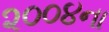
૨૦૦૪ના